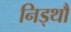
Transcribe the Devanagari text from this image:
निड्थौ